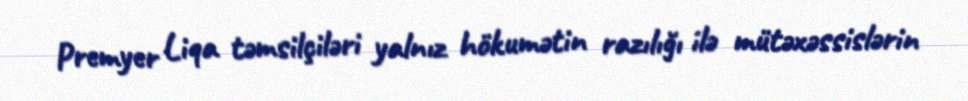
Premyer Liqa təmsilçiləri yalnız hökumətin razılığı ilə mütəxəssislərin